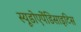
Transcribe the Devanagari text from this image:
स्यूडोएपेंडिसाइटिस